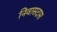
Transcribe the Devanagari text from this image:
निवासदास